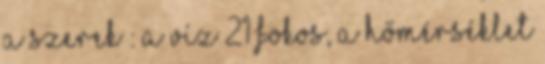
a szerek : A víz 21 fokos, a hőmérséklet